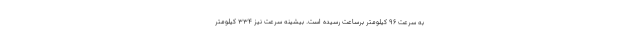
به سرعت 96 کیلومتر برساعت رسیده است. بیشینه سرعت نیز 334 کیلومتر